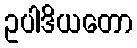
ဥပါဒိယတော